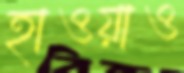
হাওয়াও